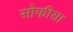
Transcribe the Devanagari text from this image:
सोफीया